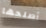
أصلحها